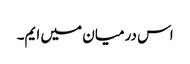
اس درمیان میں ایم۔